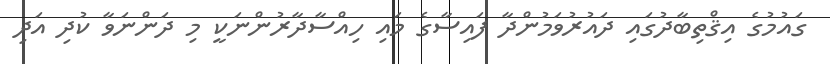
ގައުމުގެ އިޤްތިބާދުގައި ދައުރުވަމުންދާ ފައިސާގެ މައި ހިއްސާދާރުންނަކީ މި ދަންނަވާ ކުދި އަދި